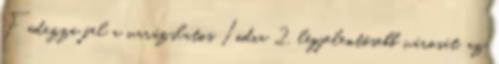
Fedezze fel a varázslatos India 2. legjelentősebb városát, az